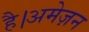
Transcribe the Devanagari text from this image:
है।अमेज़न